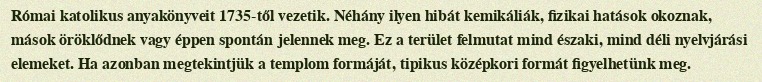
Római katolikus anyakönyveit 1735-től vezetik. Néhány ilyen hibát kemikáliák, fizikai hatások okoznak, mások öröklődnek vagy éppen spontán jelennek meg. Ez a terület felmutat mind északi, mind déli nyelvjárási elemeket. Ha azonban megtekintjük a templom formáját, tipikus középkori formát figyelhetünk meg.